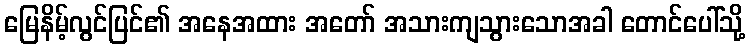
မြေနိမ့်လွင်ပြင်၏ အနေအထား အတော် အသားကျသွားသောအခါ တောင်ပေါ်သို့